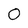
Character: 0